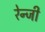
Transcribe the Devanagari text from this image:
रेन्जी